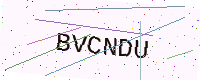
Text: BVCNDU